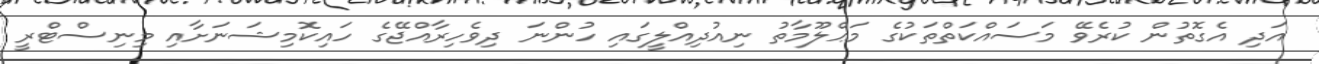
އަދި އެގޮތުން ކުރެވޭ މަސައްކަތްތަކުގެ މަޢްލޫމާތު ނިއުދިއްލީގައި ހުންނަ ދިވެހިރާއްޖޭގެ ހައިކޮމިޝަނަށާއި މިނިސްޓްރީ